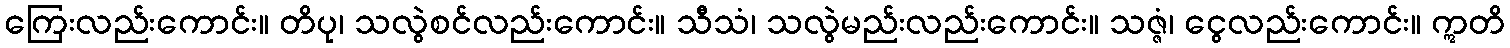
ကြေးလည်းကောင်း။ တိပု၊ သလွဲစင်လည်းကောင်း။ သီသံ၊ သလွဲမည်းလည်းကောင်း။ သဇ္ဇံ၊ ငွေလည်းကောင်း။ ဣတိ